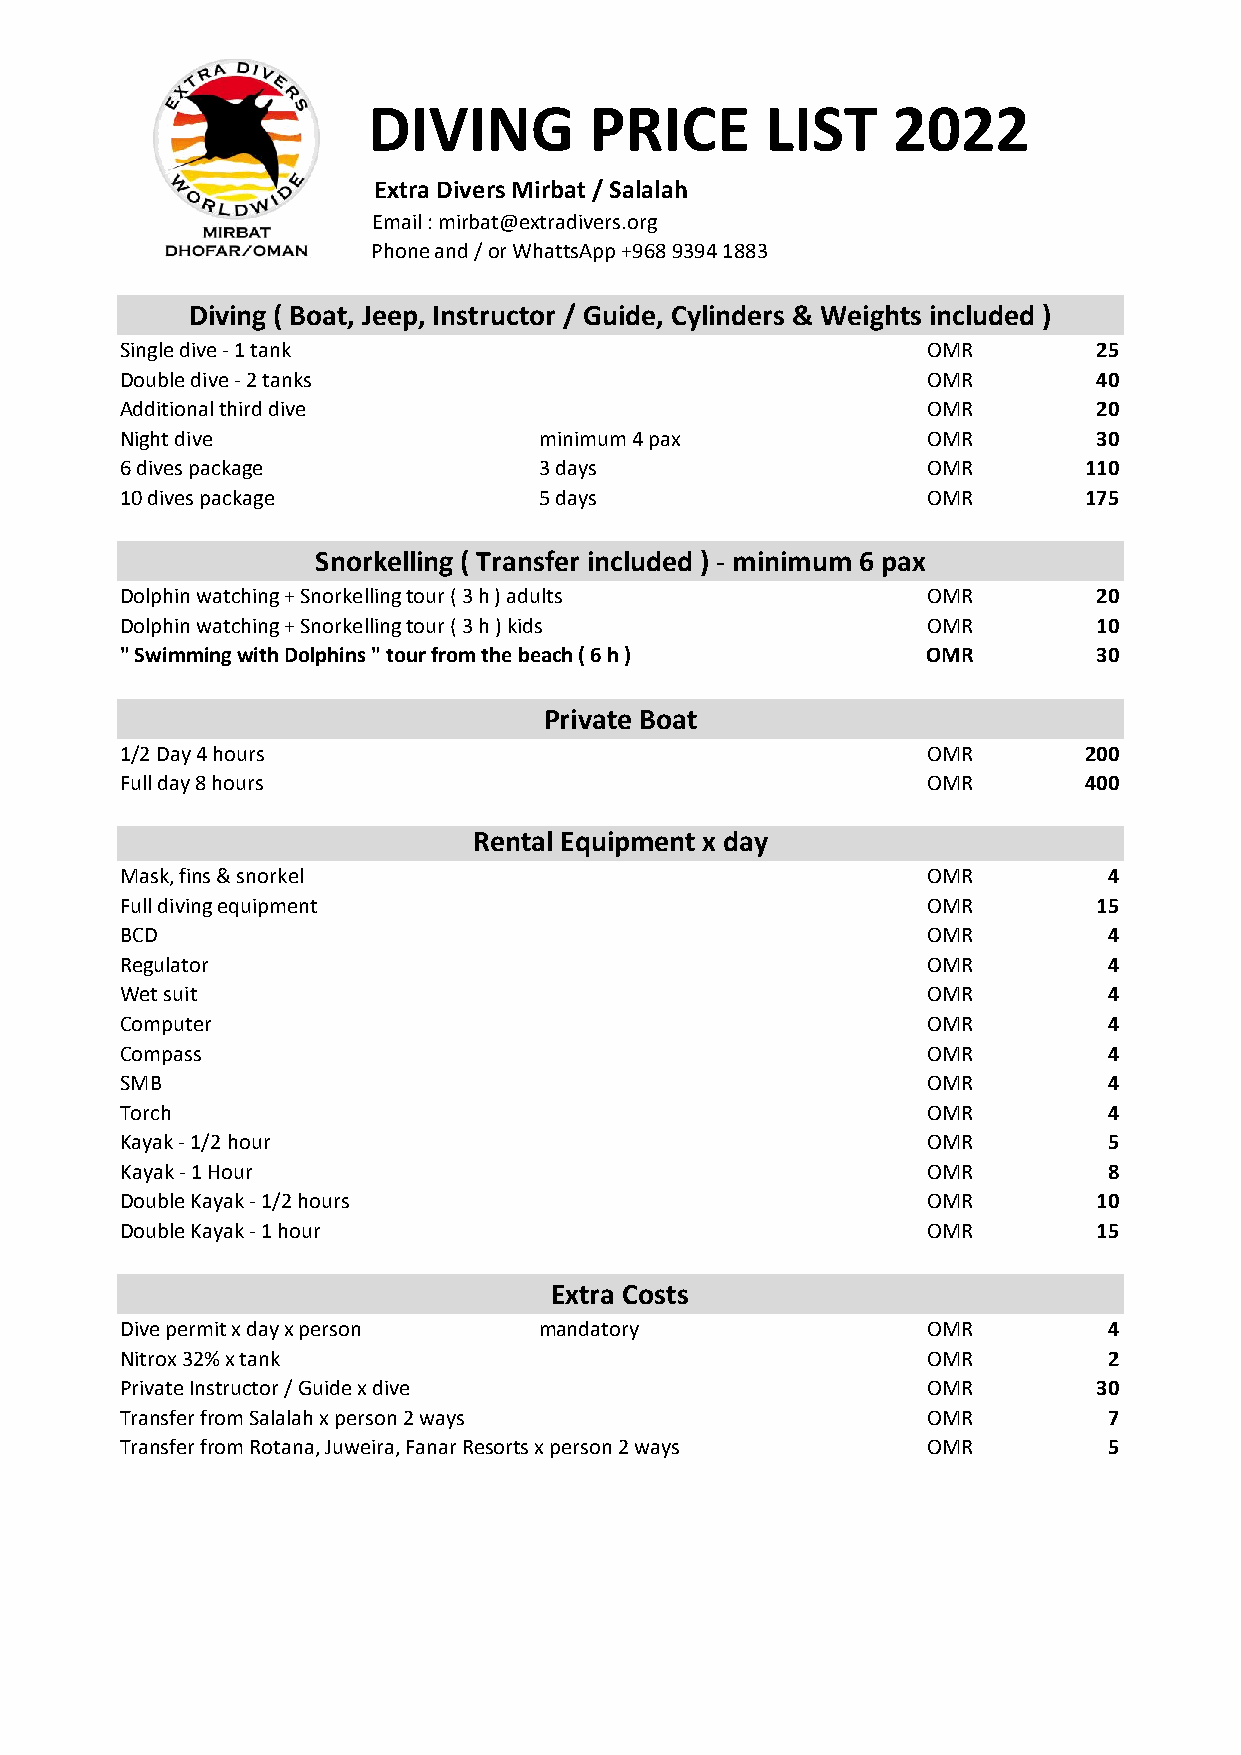
DIVING         PRICE       LIST    2022
 Extra Divers Mirbat / Salalah
 Email : mirbat@extradivers.org
 Phone and / or WhattsApp +968 9394 1883
 Diving ( Boat, Jeep, Instructor / Guide, Cylinders & Weights included )
 Single dive - 1 tank                                 OMR         25
 Double dive - 2 tanks                                OMR         40
 Additional third dive                                OMR         20
 Night dive                  minimum 4 pax            OMR         30
 6 dives package             3 days                   OMR        110
 10 dives package            5 days                   OMR        175
 Snorkelling ( Transfer included ) - minimum 6 pax
 Dolphin watching + Snorkelling tour ( 3 h ) adults   OMR         20
 Dolphin watching + Snorkelling tour ( 3 h ) kids     OMR         10
 " Swimming with Dolphins " tour from the beach ( 6 h ) OMR       30
 Private Boat
 1/2 Day 4 hours                                      OMR        200
 Full day 8 hours                                     OMR        400
 Rental Equipment x day
 Mask, fins & snorkel                                 OMR         4
 Full diving equipment                                OMR         15
 BCD                                                  OMR         4
 Regulator                                            OMR         4
 Wet suit                                             OMR         4
 Computer                                             OMR         4
 Compass                                              OMR         4
 SMB                                                  OMR         4
 Torch                                                OMR         4
 Kayak - 1/2 hour                                     OMR         5
 Kayak - 1 Hour                                       OMR         8
 Double Kayak - 1/2 hours                             OMR         10
 Double Kayak - 1 hour                                OMR         15
 Extra Costs
 Dive permit x day x person  mandatory                OMR         4
 Nitrox 32% x tank                                    OMR         2
 Private Instructor / Guide x dive                    OMR         30
 Transfer from Salalah x person 2 ways                OMR         7
 Transfer from Rotana, Juweira, Fanar Resorts x person 2 ways OMR 5